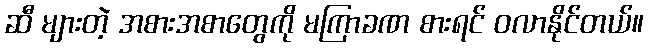
ဆီ များတဲ့ အစားအစာတွေကို မကြာခဏ စားရင် ဝလာနိုင်တယ်။